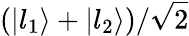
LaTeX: (\left\lvert l_{1}\right\rangle+\left\lvert l_{2}\right\rangle)/\sqrt{2}